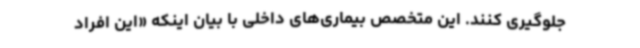
جلوگیری کنند. این متخصص بیماری‌های داخلی با بیان اینکه «این افراد